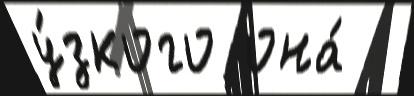
у́зкого она́